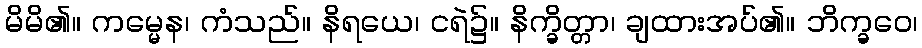
မိမိ၏။ ကမ္မေန၊ ကံသည်။ နိရယေ၊ ငရဲ၌။ နိက္ခိတ္တာ၊ ချထားအပ်၏။ ဘိက္ခဝေ၊